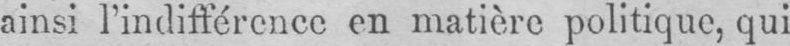
ainsi l’indifférence en matière politique, qui